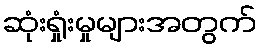
ဆုံးရှုံးမှုများအတွက်